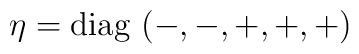
\eta= \mbox{diag} \, \left( -,-,+,+,+ \right)